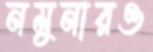
নমুনারও